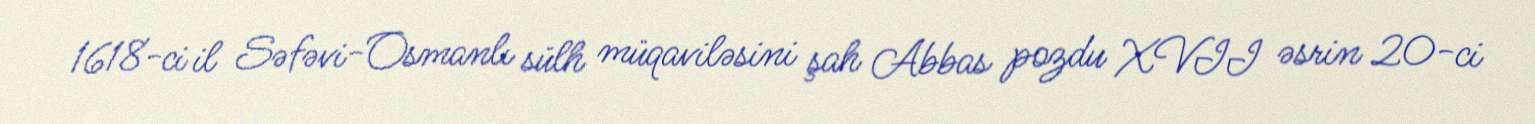
1618-ci il Səfəvi-Osmanlı sülh müqaviləsini şah Abbas pozdu XVII əsrin 20-ci